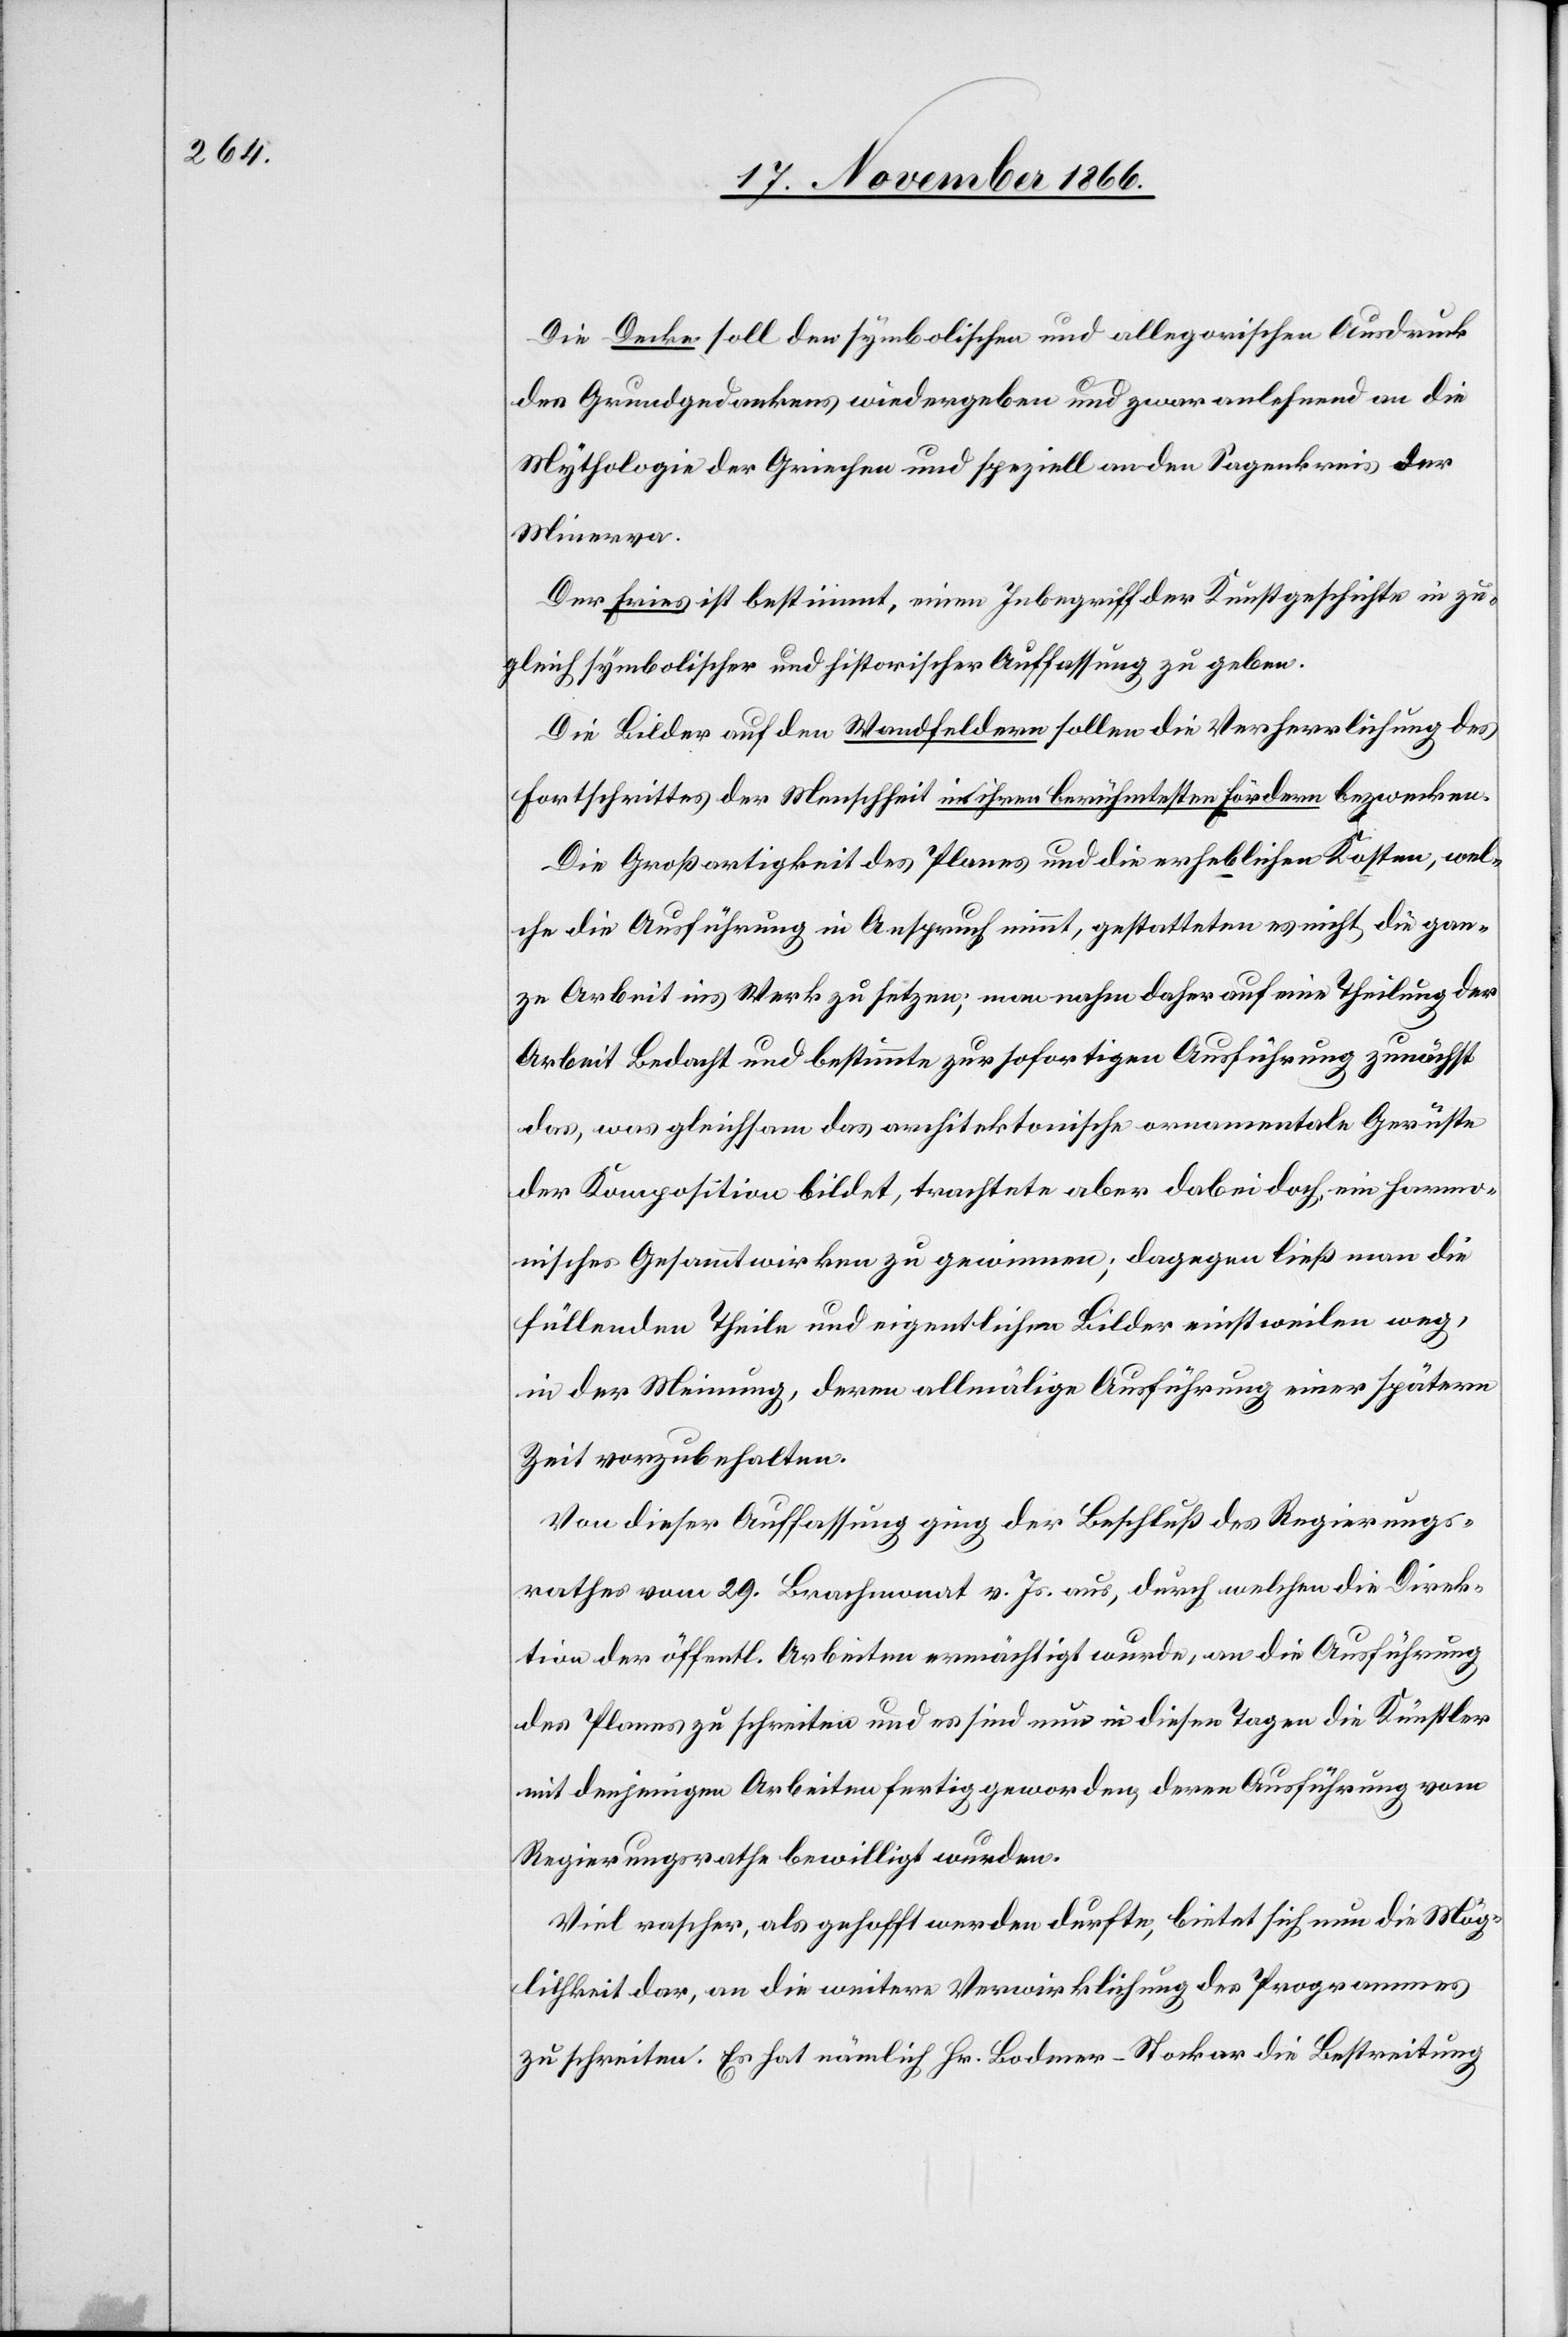
Die Decke soll den symbolischen und allegorischen Ausdruck
des Grundgedankens wiedergeben und zwar anlehnend an die
Mythologie der Griechen und speziell an den Sagenkreis der
Minerva.
Der Fries ist bestimmt, einen Inbegriff der Kunstgeschichte in zu¬
gleich symbolischer und historischer Auffassung zu geben.
Die Bilder auf den Wandfeldern sollen die Verherrlichung des
Fortschrittes der Menschheit mit ihren berühmtesten Fördern bezwecken.
Die Großartigkeit des Planes und die erheblichen Kosten, wel¬
che die Ausführung in Anspruch nimmt, gestatteten es nicht, die gan¬
ze Arbeit ins Werk zu setzen; man nahm daher auf eine Theilung der
Arbeit bedacht und bestimmte zur sofortigen Ausführung zunächst
das, was gleichsam das architektonische ornamentale Gerüste
der Komposition bildet, trachtete aber dabei doch, ein harmo¬
nisches Gesammtwirken zu gewinnen; dagegen ließ man die
füllenden Theile und eigentlichen Bilder einstweilen weg,
in der Meinung, deren allmälige Ausführung einer spätern
Zeit vorzubehalten.
Von dieser Auffassung ging der Beschluß des Regierungs¬
rathes vom 29. Brachmonat v. Js. aus, durch welchen die Direk¬
tion der öffentl. Arbeiten ermächtigt wurde, an die Ausführung
des Planes zu schreiten und es sind nun in diesen Tagen die Künstler
mit denjenigen Arbeiten fertig geworden, deren Ausführung vom
Regierungsrathe bewilligt wurden.
Viel rascher, als gehofft werden durfte, bietet sich nun die Mög¬
lichkeit dar, an die weitere Verwirklichung des Programmes
zu schreiten. Es hat nämlich Hr. Bodmer-Stocker die Bestreitung